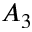
A _ { 3 }